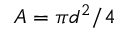
A = \pi d ^ { 2 } / 4